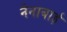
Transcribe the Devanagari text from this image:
नैनाबाई